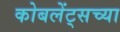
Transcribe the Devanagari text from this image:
कोबलेंट्सच्या